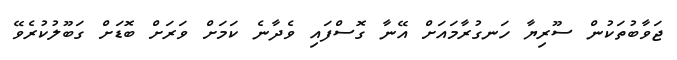
ޖަވާބުތަކުން ސޫރިޔާ ހަނގުރާމައަށް އޭނާ ގޮސްފައި ވެދާނެ ކަމަށް ވަރަށް ބޮޑަށް ގަބޫލުކުރެވޭ